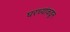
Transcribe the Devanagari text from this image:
घरच्यांकडून